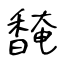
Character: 馣